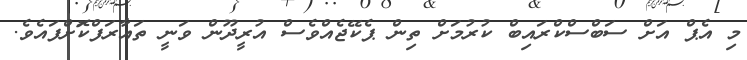
މި އެޕް އަށް ސަބްސްކްރައިބް ކުރުމަށް ތިން ޕެކޭޖެއްވެސް އުރީދޫން ވަނީ ތައާރަފްކޮަށްފައެވެ.